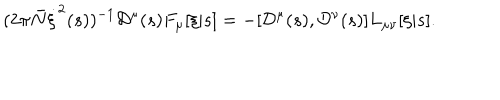
LaTeX: ( 2 \pi { \bar { N } } \dot { \xi } ^ { 2 } ( s ) ) ^ { - 1 } { \cal D } ^ { \mu } ( s ) F _ { \mu } [ \xi | s ] = - [ { \cal D } ^ { \mu } ( s ) , { \cal D } ^ { \nu } ( s ) ] L _ { \mu \nu } [ \xi | s ] .